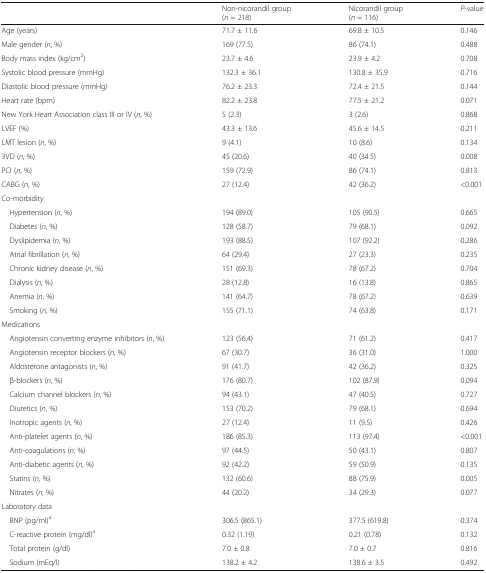
<table><thead><tr><td></td><td><b>Non-nicorandil group(<i>n</i> = 218)</b></td><td><b>Nicorandil group(<i>n</i> = 116)</b></td><td><b><i>P</i>-value</b></td></tr></thead><tbody><tr><td>Age (years)</td><td>71.7 ± 11.6</td><td>69.8 ± 10.5</td><td>0.146</td></tr><tr><td>Male gender (<i>n</i>, %)</td><td>169 (77.5)</td><td>86 (74.1)</td><td>0.488</td></tr><tr><td>Body mass index (kg/cm<sup>2</sup>)</td><td>23.7 ± 4.6</td><td>23.9 ± 4.2</td><td>0.708</td></tr><tr><td>Systolic blood pressure (mmHg)</td><td>132.3 ± 36.1</td><td>130.8 ± 35.9</td><td>0.716</td></tr><tr><td>Diastolic blood pressure (mmHg)</td><td>76.2 ± 23.3</td><td>72.4 ± 21.5</td><td>0.144</td></tr><tr><td>Heart rate (bpm)</td><td>82.2 ± 23.8</td><td>77.5 ± 21.2</td><td>0.071</td></tr><tr><td>New York Heart Association class III or IV (<i>n</i>, %)</td><td>5 (2.3)</td><td>3 (2.6)</td><td>0.868</td></tr><tr><td>LVEF (%)</td><td>43.3 ± 13.6</td><td>45.6 ± 14.5</td><td>0.211</td></tr><tr><td>LMT lesion (<i>n</i>, %)</td><td>9 (4.1)</td><td>10 (8.6)</td><td>0.134</td></tr><tr><td>3VD (<i>n</i>, %)</td><td>45 (20.6)</td><td>40 (34.5)</td><td>0.008</td></tr><tr><td>PCI (<i>n</i>, %)</td><td>159 (72.9)</td><td>86 (74.1)</td><td>0.813</td></tr><tr><td>CABG (<i>n</i>, %)</td><td>27 (12.4)</td><td>42 (36.2)</td><td>&lt;0.001</td></tr><tr><td colspan="4">Co-morbidity</td></tr><tr><td> Hypertension (<i>n</i>, %)</td><td>194 (89.0)</td><td>105 (90.5)</td><td>0.665</td></tr><tr><td> Diabetes (<i>n</i>, %)</td><td>128 (58.7)</td><td>79 (68.1)</td><td>0.092</td></tr><tr><td> Dyslipidemia (<i>n</i>, %)</td><td>193 (88.5)</td><td>107 (92.2)</td><td>0.286</td></tr><tr><td> Atrial fibrillation (<i>n</i>, %)</td><td>64 (29.4)</td><td>27 (23.3)</td><td>0.235</td></tr><tr><td> Chronic kidney disease (<i>n</i>, %)</td><td>151 (69.3)</td><td>78 (67.2)</td><td>0.704</td></tr><tr><td> Dialysis (<i>n</i>, %)</td><td>28 (12.8)</td><td>16 (13.8)</td><td>0.865</td></tr><tr><td> Anemia (<i>n</i>, %)</td><td>141 (64.7)</td><td>78 (67.2)</td><td>0.639</td></tr><tr><td> Smoking (<i>n</i>, %)</td><td>155 (71.1)</td><td>74 (63.8)</td><td>0.171</td></tr><tr><td colspan="4">Medications</td></tr><tr><td> Angiotensin converting enzyme inhibitors (<i>n</i>, %)</td><td>123 (56.4)</td><td>71 (61.2)</td><td>0.417</td></tr><tr><td> Angiotensin receptor blockers (<i>n</i>, %)</td><td>67 (30.7)</td><td>36 (31.0)</td><td>1.000</td></tr><tr><td> Aldosterone antagonists (<i>n</i>, %)</td><td>91 (41.7)</td><td>42 (36.2)</td><td>0.325</td></tr><tr><td> β-blockers (<i>n</i>, %)</td><td>176 (80.7)</td><td>102 (87.9)</td><td>0.094</td></tr><tr><td> Calcium channel blockers (<i>n</i>, %)</td><td>94 (43.1)</td><td>47 (40.5)</td><td>0.727</td></tr><tr><td> Diuretics (<i>n</i>, %)</td><td>153 (70.2)</td><td>79 (68.1)</td><td>0.694</td></tr><tr><td> Inotropic agents (<i>n</i>, %)</td><td>27 (12.4)</td><td>11 (9.5)</td><td>0.426</td></tr><tr><td> Anti-platelet agents (<i>n</i>, %)</td><td>186 (85.3)</td><td>113 (97.4)</td><td>&lt;0.001</td></tr><tr><td> Anti-coagulations (<i>n</i>, %)</td><td>97 (44.5)</td><td>50 (43.1)</td><td>0.807</td></tr><tr><td> Anti-diabetic agents (<i>n</i>, %)</td><td>92 (42.2)</td><td>59 (50.9)</td><td>0.135</td></tr><tr><td> Statins (<i>n</i>, %)</td><td>132 (60.6)</td><td>88 (75.9)</td><td>0.005</td></tr><tr><td> Nitrates (<i>n</i>, %)</td><td>44 (20.2)</td><td>34 (29.3)</td><td>0.077</td></tr><tr><td colspan="4">Laboratory data</td></tr><tr><td> BNP (pg/ml)<sup>a</sup></td><td>306.5 (865.1)</td><td>377.5 (619.8)</td><td>0.374</td></tr><tr><td> C-reactive protein (mg/dl)<sup>a</sup></td><td>0.32 (1.19)</td><td>0.21 (0.78)</td><td>0.132</td></tr><tr><td> Total protein (g/dl)</td><td>7.0 ± 0.8</td><td>7.0 ± 0.7</td><td>0.816</td></tr><tr><td> Sodium (mEq/l)</td><td>138.2 ± 4.2</td><td>138.6 ± 3.5</td><td>0.492</td></tr></tbody></table>